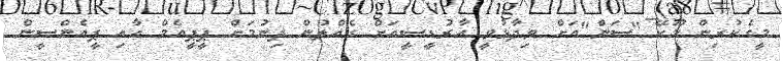
މީގެކުރިން މޫކޭ "ސަން"އަށް ވިދާޅުވީ އާރުޑީސީއަށް ގެއްލުން ދިނުމަށް ޕީޕީއެމް އާއި ޕީއެންސީން